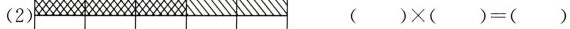
（2） $$ ( ) \times ( ) = ( )$$